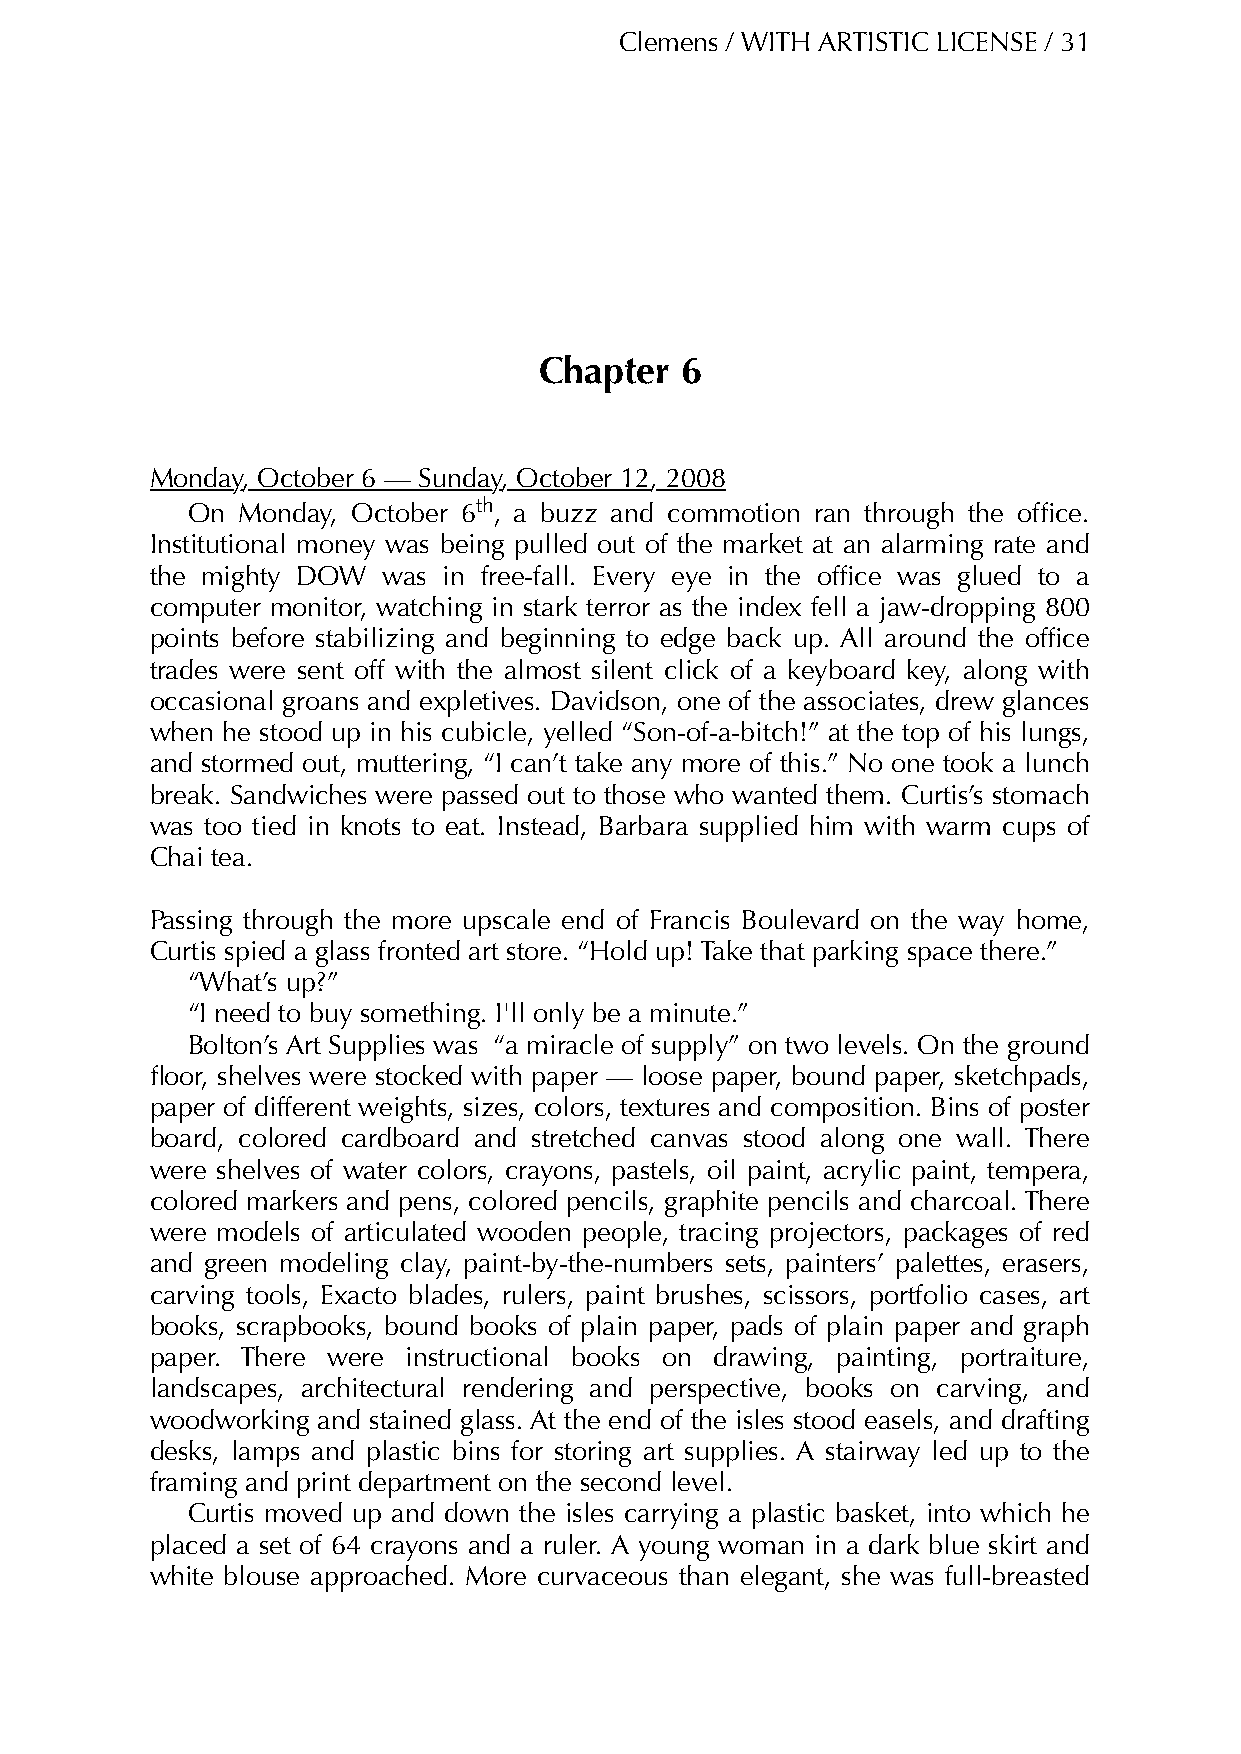
Clemens / WITH ARTISTIC LICENSE / 31
 Chapter  6
 Monday, October 6 — Sunday, October 12, 2008
 On  Monday, October 6th, a buzz and commotion ran through the office.
 Institutional money was being pulled out of the market at an alarming rate and
 the mighty DOW was in free-fall. Every eye in the office was glued to a
 computer monitor, watching in stark terror as the index fell a jaw-dropping 800
 points before stabilizing and beginning to edge back up. All around the office
 trades were sent off with the almost silent click of a keyboard key, along with
 occasional groans and expletives. Davidson, one of the associates, drew glances
 when he stood up in his cubicle, yelled “Son-of-a-bitch!” at the top of his lungs,
 and stormed out, muttering, “I can’t take any more of this.” No one took a lunch
 break. Sandwiches were passed out to those who wanted them. Curtis’s stomach
 was too tied in knots to eat. Instead, Barbara supplied him with warm cups of
 Chai tea.
 Passing through the more upscale end of Francis Boulevard on the way home,
 Curtis spied a glass fronted art store. “Hold up! Take that parking space there.”
 “What’s up?”
 “I need to buy something. I'll only be a minute.”
 Bolton’s Art Supplies was “a miracle of supply” on two levels. On the ground
 floor, shelves were stocked with paper — loose paper, bound paper, sketchpads,
 paper of different weights, sizes, colors, textures and composition. Bins of poster
 board, colored cardboard and stretched canvas stood along one wall. There
 were shelves of water colors, crayons, pastels, oil paint, acrylic paint, tempera,
 colored markers and pens, colored pencils, graphite pencils and charcoal. There
 were models of articulated wooden people, tracing projectors, packages of red
 and green modeling clay, paint-by-the-numbers sets, painters’ palettes, erasers,
 carving tools, Exacto blades, rulers, paint brushes, scissors, portfolio cases, art
 books, scrapbooks, bound books of plain paper, pads of plain paper and graph
 paper. There were instructional books on drawing, painting, portraiture,
 landscapes, architectural rendering and perspective, books on carving, and
 woodworking and stained glass. At the end of the isles stood easels, and drafting
 desks, lamps and plastic bins for storing art supplies. A stairway led up to the
 framing and print department on the second level.
 Curtis moved up and down the isles carrying a plastic basket, into which he
 placed a set of 64 crayons and a ruler. A young woman in a dark blue skirt and
 white blouse approached. More curvaceous than elegant, she was full-breasted